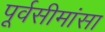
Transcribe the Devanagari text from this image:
पूर्वसीमांसा